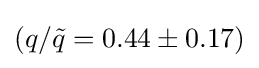
(q/{\tilde {q}}=0.44\pm 0.17)